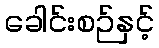
ခေါင်းစဉ်နှင့်